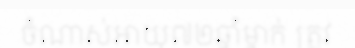
ចំណាស់អាយុ៧២ឆ្នាំម្នាក់ ត្រូវ